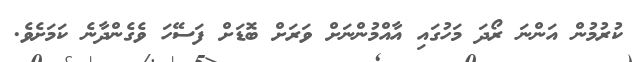
ކުރުމުން އަންނަ ރޯދަ މަހުގައި އާއްމުންނަށް ވަރަށް ބޮޑަށް ފަސޭހަ ވެގެންދާނެ ކަމަށެވެ.